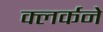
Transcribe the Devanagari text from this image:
क्लर्कने